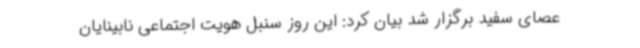
عصای سفید برگزار شد بیان کرد: این روز سنبل هویت اجتماعی نابینایان